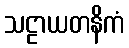
သဠာယတနိကံ